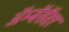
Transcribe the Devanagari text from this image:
ॲम्बॅसॅडर